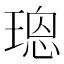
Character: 𤨌